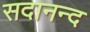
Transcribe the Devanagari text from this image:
सदानन्‍द